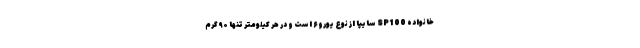
خانواده SP100 سایپا از نوع یورو ۶ است و در هر کیلومتر تنها ۹۰ گرم